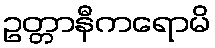
ဥတ္တာနီကရောမိ